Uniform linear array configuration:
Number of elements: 64
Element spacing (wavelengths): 1
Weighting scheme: hamming
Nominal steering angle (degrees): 15
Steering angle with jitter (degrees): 13.23
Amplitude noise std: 0.05
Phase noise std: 0.05

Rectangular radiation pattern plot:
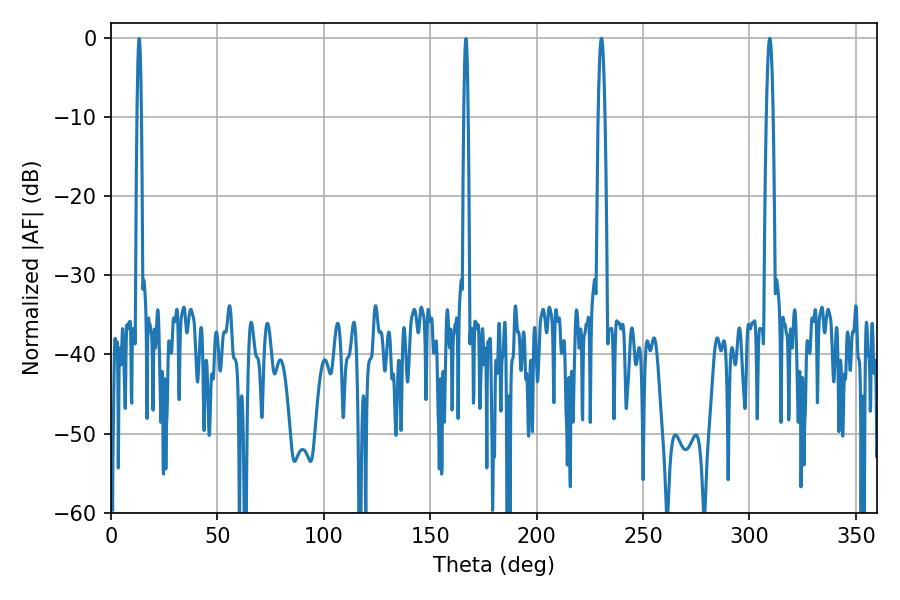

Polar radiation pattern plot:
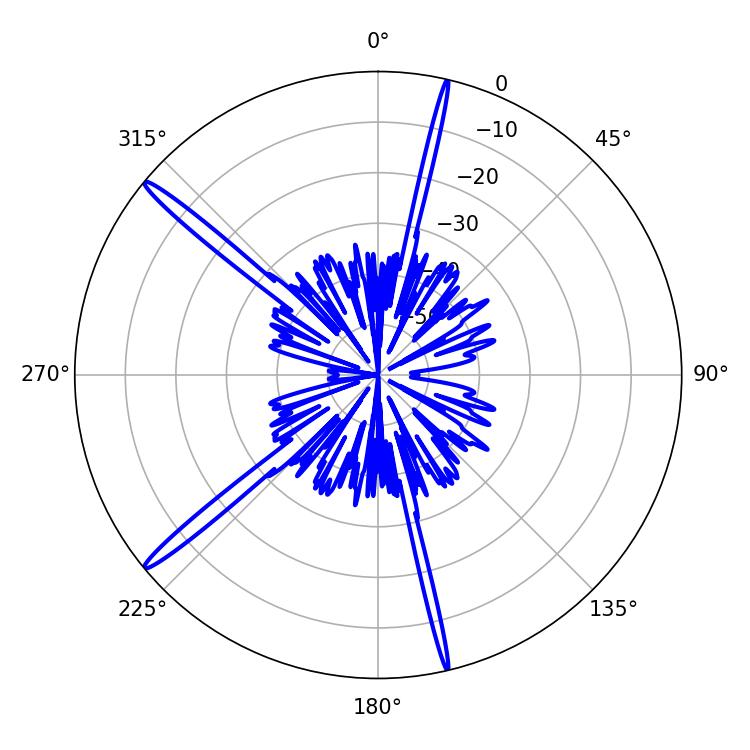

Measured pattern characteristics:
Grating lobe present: TRUE
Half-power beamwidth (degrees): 1.62
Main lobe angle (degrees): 230.4